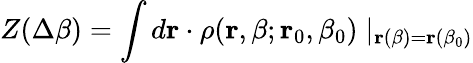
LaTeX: Z(\Delta\beta)=\int d{\mathbf r}\cdot\rho({\mathbf r},\beta;{\mathbf r}_{0},\beta_{0})\mid_{{\mathbf r}(\beta)={\mathbf r}(\beta_{0})}